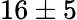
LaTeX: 16\pm 5